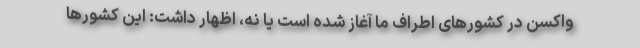
واکسن در کشورهای اطراف ما آغاز شده است یا نه، اظهار داشت: این کشورها